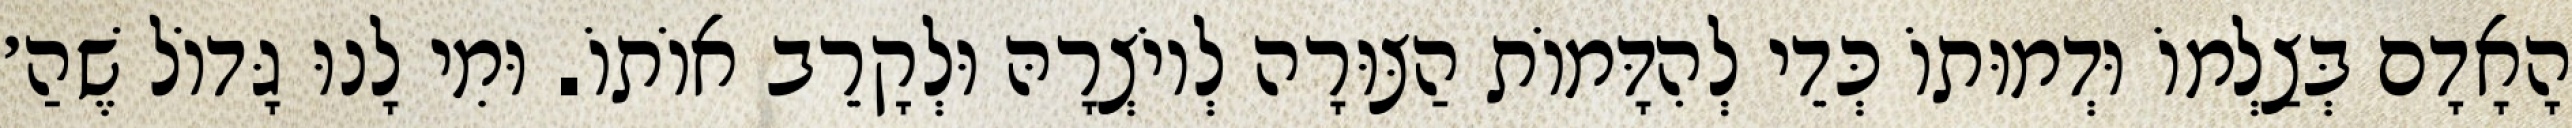
הָאָדָם בְּצַלְמוֹ וּדְמוּתוֹ כְּדֵי לְהִדָּמוֹת הַצּוּרָה לְיוֹצְרָהּ וּלְקָרֵב אוֹתוֹ. וּמִי לָנוּ גָּדוֹל שֶׁהַ׳